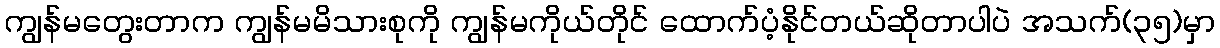
ကျွန်မတွေးတာက ကျွန်မမိသားစုကို ကျွန်မကိုယ်တိုင် ထောက်ပံ့နိုင်တယ်ဆိုတာပါပဲ အသက်(၃၅)မှာ